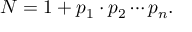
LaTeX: N = 1 + p _ { 1 } \cdot p _ { 2 } \cdots p _ { n } .